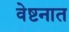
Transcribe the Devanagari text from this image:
वेष्टनात